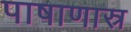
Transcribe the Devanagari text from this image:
पाषाणास्र